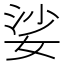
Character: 娑